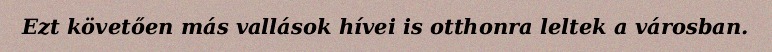
Ezt követően más vallások hívei is otthonra leltek a városban.